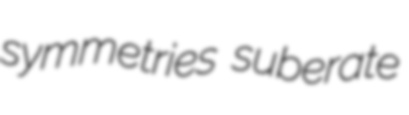
symmetries suberate